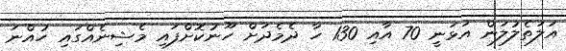
އަލަތެލުލަން އަޅަނީ 70 އާއި 130 ހާ ދެމެދަށް ހޫނުކޮށްފައި މެޝިނެއްގައި ހުއްނަ